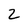
Character: 2